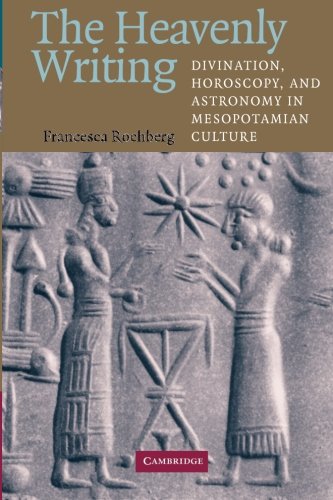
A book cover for The Heavenly Writing: Divination, Horoscopy, and Astronomy in Mesopotamian Culture; Francesca Rochberg; History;